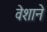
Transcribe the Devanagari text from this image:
वेशाने